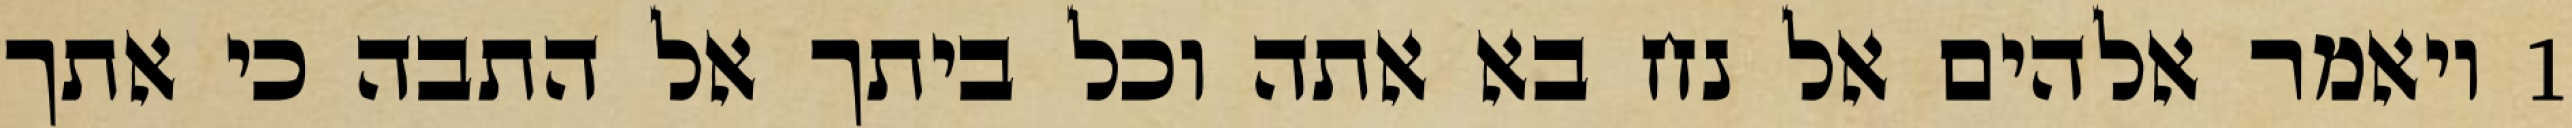
1 ויאמר אלהים אל נח בא אתה וכל ביתך אל התבה כי אתך